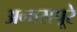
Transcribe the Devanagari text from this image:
अनासपूरे